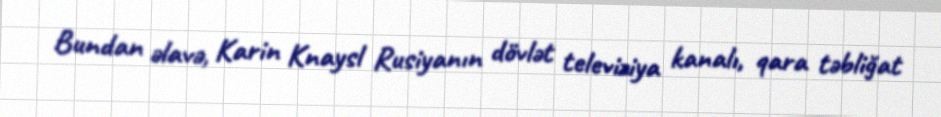
Bundan əlavə, Karin Knaysl Rusiyanın dövlət televiziya kanalı, qara təbliğat